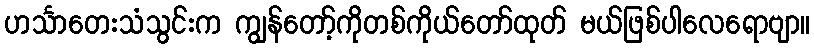
ဟင်္သာတေးသံသွင်းက ကျွန်တော့်ကိုတစ်ကိုယ်တော်ထုတ် မယ်ဖြစ်ပါလေရောဗျာ။